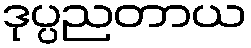
ဒုပ္ပညတာယ